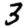
Digit: 3